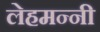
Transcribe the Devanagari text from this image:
लेहमन्नी